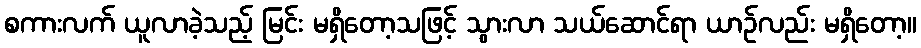
စကားလက် ယူလာခဲ့သည့် မြင်း မရှိတော့သဖြင့် သွားလာ သယ်ဆောင်ရာ ယာဉ်လည်း မရှိတော့။